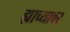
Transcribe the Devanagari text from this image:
ह्याच्यावर